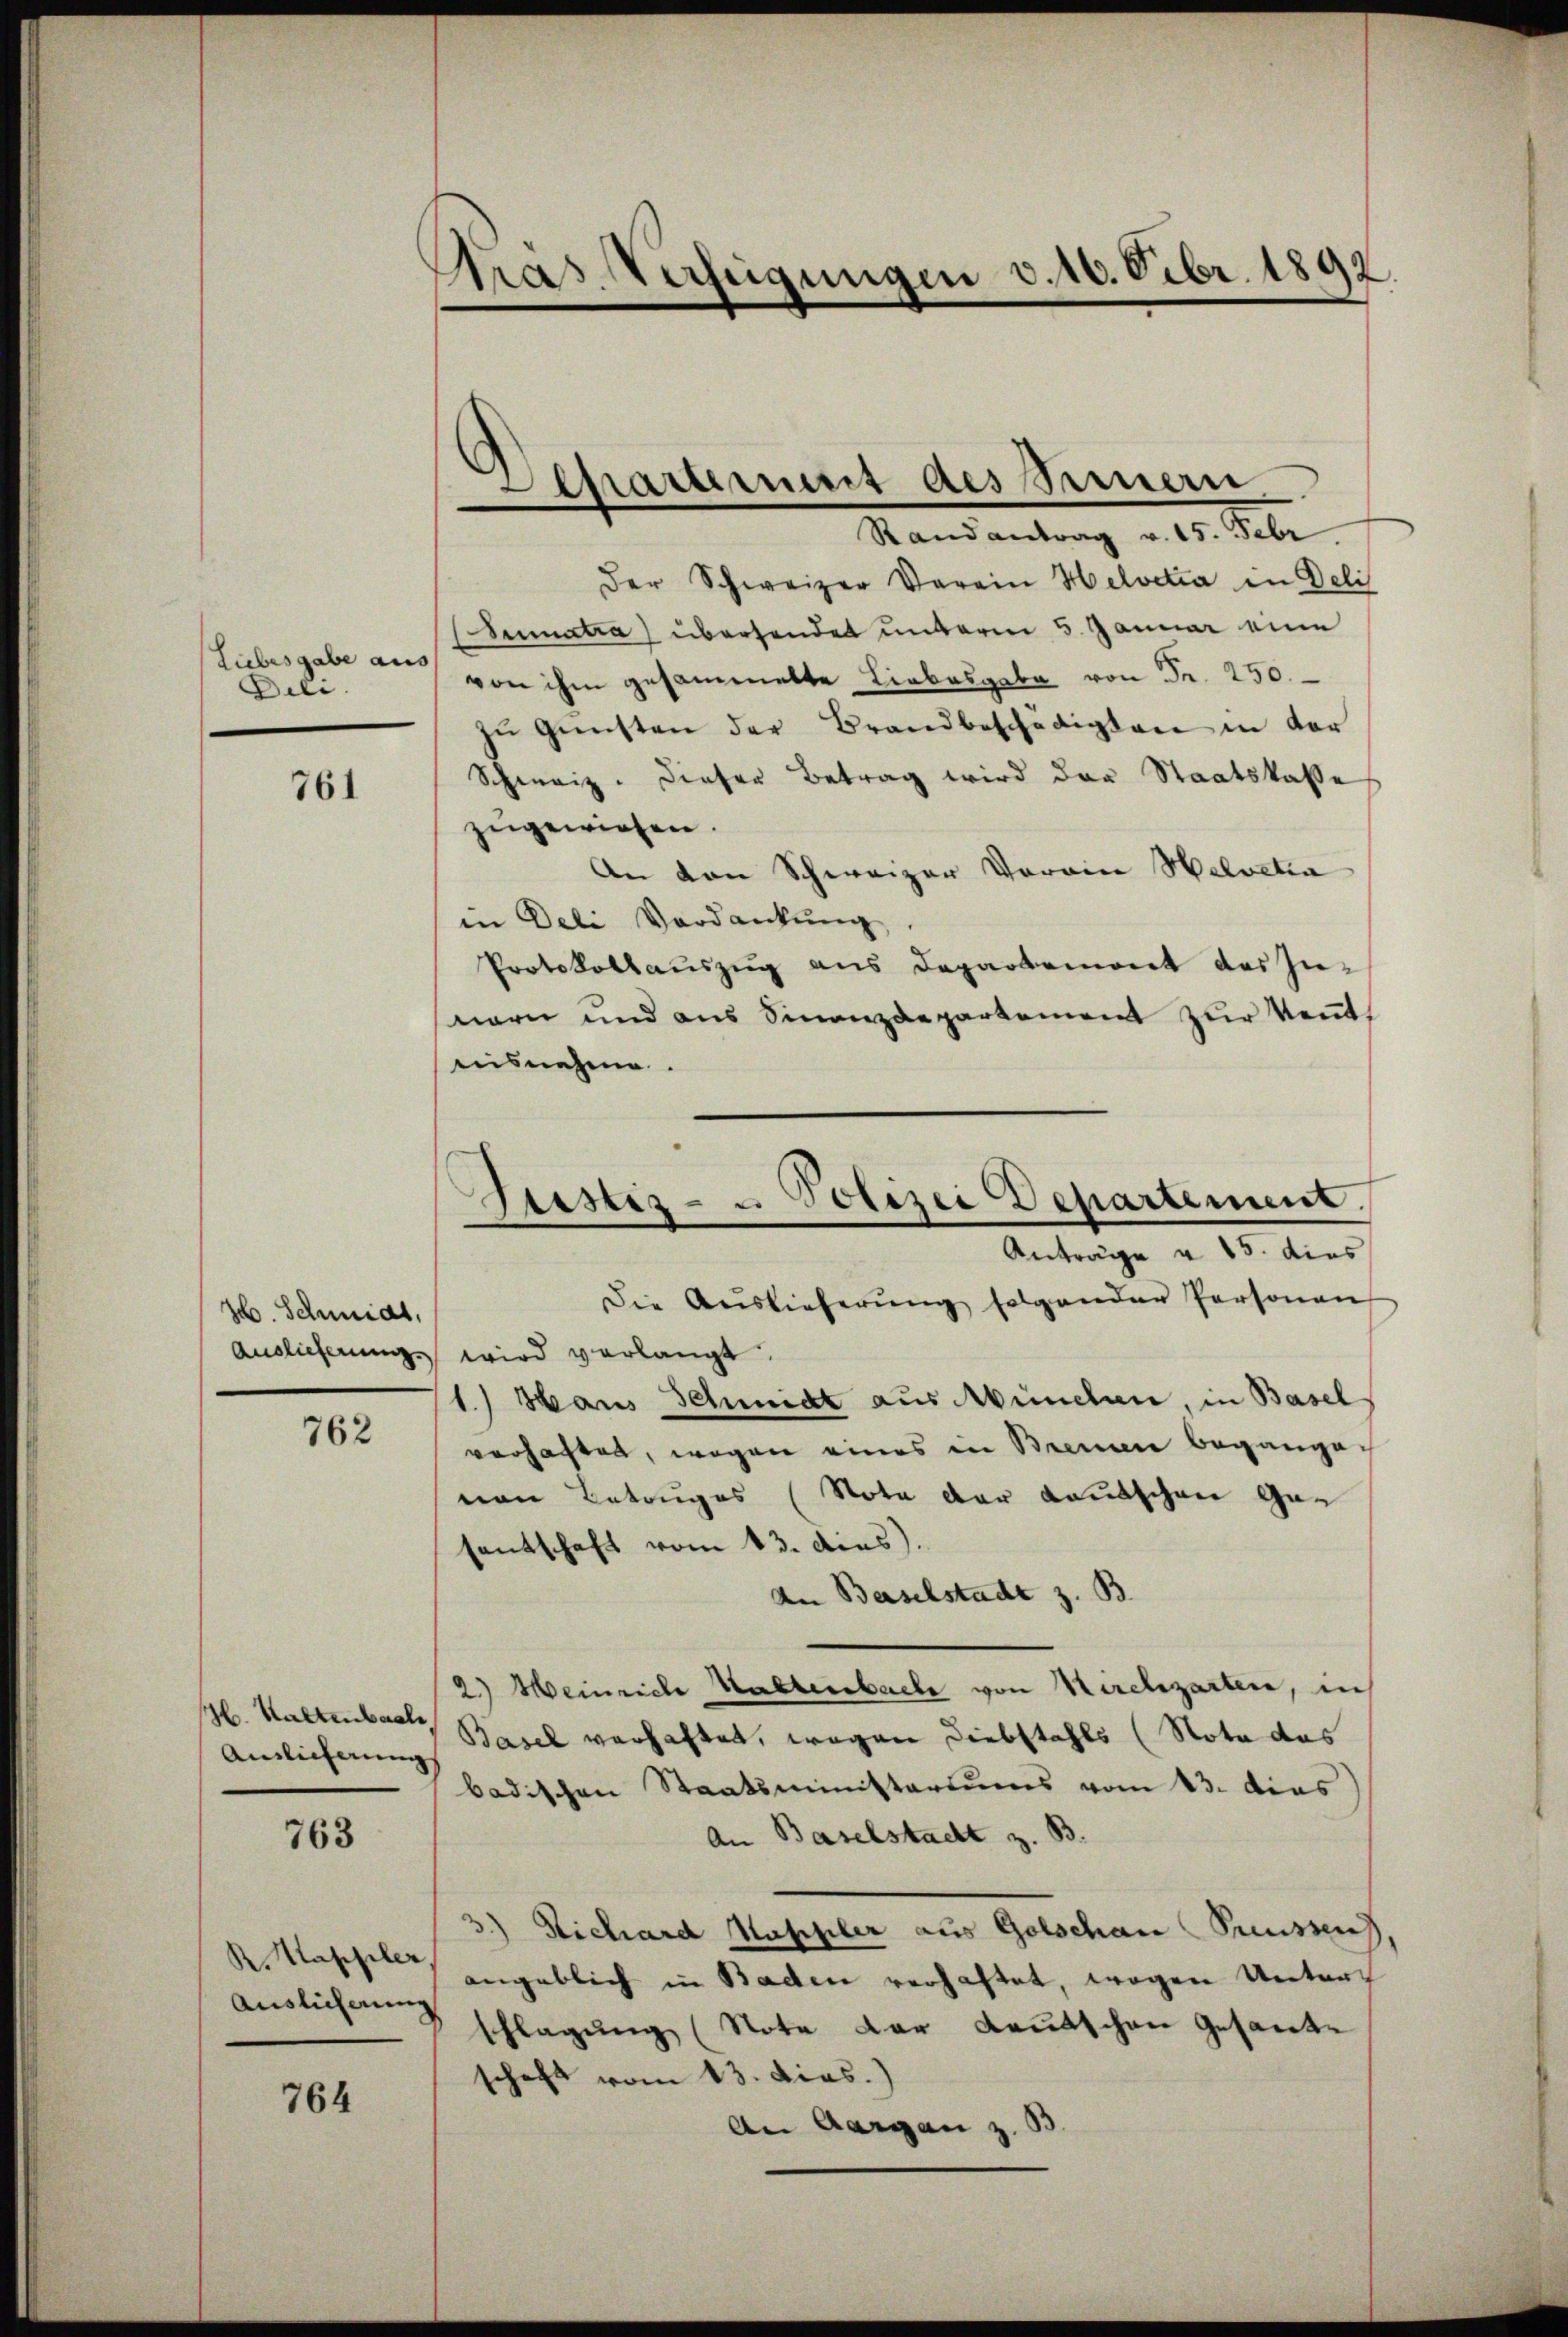
Liebesgabe aus
Dili.

761

26. Schmidt,
Auslieferung.

762

H. Kaltenbaal
Auslieferung

763

R. Mappeler
Auslieferung

764

Stras Verfügungen v. 16. Febr. 1892.

Departement des Steuern,
Randantrag v. 15. Febr

der Schweizer Verein Helvetia in Deli
Sumatra) überhandet unterm 5. Januar eine
von ihm gesammelte Liebesgabe von Fr. 250.
zŭ Gŭnsten der Brandbeschädigten in der
Schweiz. Dieser Betrag wird der Staatskasse
zugewiesen.
An von Schweizer Vorrin Helvetia
in Deli Verdankung.
Protokollaŭszŭg ans Departemont des Innern und aus Finanzdepartement zur Kenntnisnehme.
Die Auslieferŭng folgender Personen
 wird verlangt.
1.) Hans Schmidt aus München, in Basel
verhaftet, wegen eines in Brennen begange
von Betruges (Nota der Kautschen Gesentschaft vom 13. dies).
An Baselstadt z. B
2.) Heinriche Haltenbache von Kirchgarten, in
 Basel verhaftet, wegen Diebstahls (Nota das
badischen Staatsministeriums vom 13. das
An Baselstadt z. 8
3) Richard Kappler aus Golschan Preussen
angeblich in Baden verhaftet, wegen Unters
8 schlagung (Nota der Kautschen Gesamte
schaft vom 13. Dies.)
An Aargau z. B

Justiz- u. Polizei Departement.
.
—
Anträge u. 15. dies